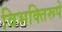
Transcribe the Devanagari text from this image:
विभक्तिरूपे